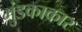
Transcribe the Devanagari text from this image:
मुंडकाकार